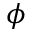
\phi